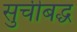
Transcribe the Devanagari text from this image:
सुचीबद्ध